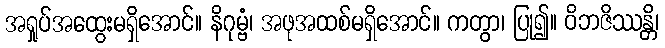
အရှုပ်အထွေးမရှိအောင်။ နိဂုမ္ဗံ၊ အဖုအထစ်မရှိအောင်။ ကတွာ၊ ပြု၍။ ဝိဘဇိဿန္တိ၊